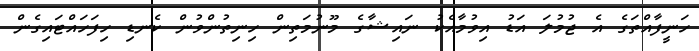
ހަނީފާއްތަގެ އެ ޖުމުލަ އަޑު އިވުމާއެކު ނައިޝާގެ މޫނުމަތިން ހިނިތުންވުން ކެނޑި ހިފަހައްޓައިގެން